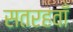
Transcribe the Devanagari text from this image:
सतरहवाँ